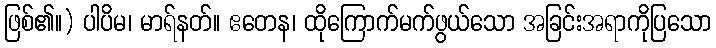
ဖြစ်၏။) ပါပိမ၊ မာရ်နတ်။ ဧတေန၊ ထိုကြောက်မက်ဖွယ်သော အခြင်းအရာကိုပြသော